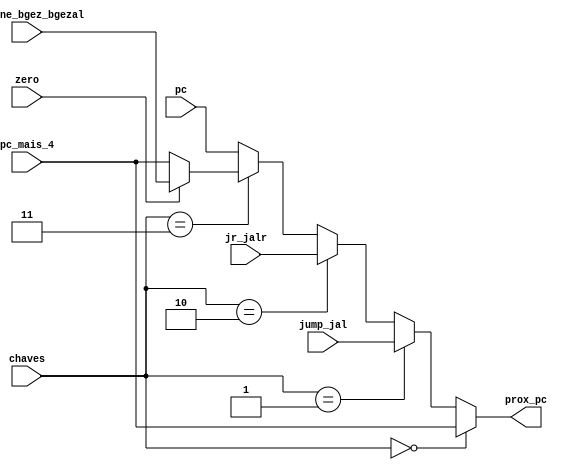
module select_pc
(pc_mais_4,jump_jal,jr_jalr,beq_bne_bgez_bgezal,pc,chaves,zero,prox_pc);

input [31:0] pc_mais_4, jump_jal, jr_jalr, beq_bne_bgez_bgezal,pc;
input [2:0] chaves;
input zero;
output reg [31:0] prox_pc;

always @(*)
begin
	if(chaves == 2'b000)
		begin
			prox_pc = pc_mais_4;
		end
	else if (chaves == 2'b001)
		begin
			prox_pc = jump_jal;
		end
	else if (chaves == 2'b010)
		begin
			prox_pc = jr_jalr;
		end
	else if (chaves == 2'b011)
		begin
		if (zero == 1'b1)
			begin
				prox_pc = beq_bne_bgez_bgezal;
			end
		else
			begin
				prox_pc = pc_mais_4;
			end
		end
	else
		begin
			prox_pc = pc;
		end
end
endmodule